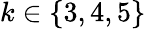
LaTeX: k\in\{ 3,4,5\}